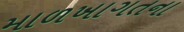
માળખાગતના